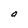
Character: a